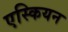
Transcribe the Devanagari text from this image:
एस्कियन